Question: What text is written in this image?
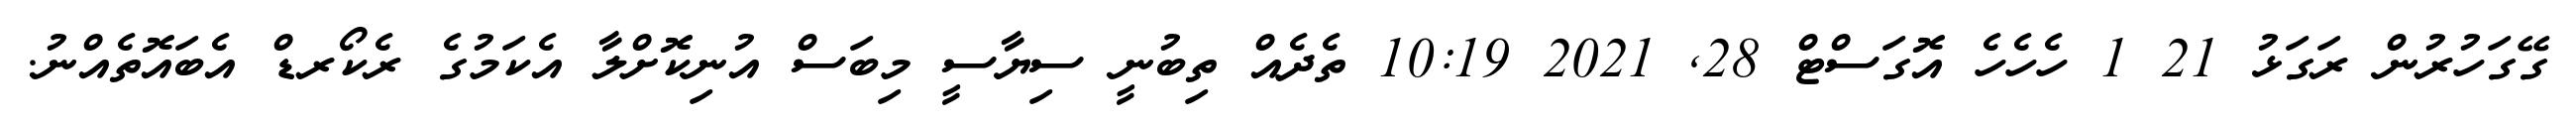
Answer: ގޭގަހުރުން ރަގަޅު 21 1 ހެހެހެ އޮގަސްޓް 28, 2021 10:19 ތެދެއް ތިބުނީ ސިޔާސީ މިބަސް އުނިކޮށްލާ އެކަމުގެ ރެކޯރޑް އެބައޮތެއްނު.